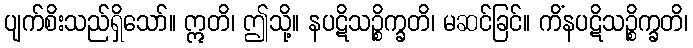
ပျက်စိးသည်ရှိသော်။ ဣတိ၊ ဤသို့။ နပဋိသဉ္စိက္ခတိ၊ မဆင်ခြင်။ ကိံနပဋိသဉ္စိက္ခတိ၊